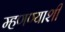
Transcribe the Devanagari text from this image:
म्हणण्याशी